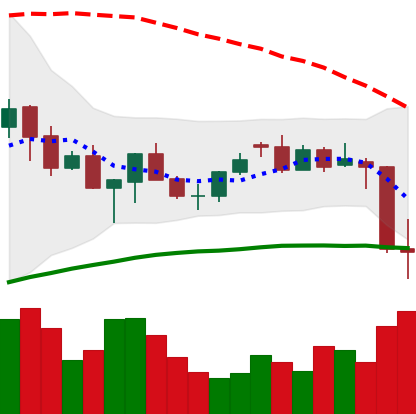
Ticker: XMR-USD
Chart end date: 2021-06-22
Forward return: 4.797%
Label: up_3_5